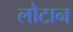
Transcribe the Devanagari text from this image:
लौटान